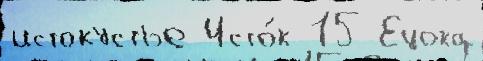
истокустье Исто́к 15 Ецока